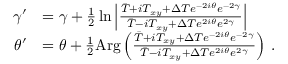
\begin{array} { r l } { \gamma ^ { \prime } } & { = \gamma + \frac { 1 } { 2 } \ln \left\vert \frac { \bar { T } + i T _ { x y } + \Delta T e ^ { - 2 i \theta } e ^ { - 2 \gamma } } { \bar { T } - i T _ { x y } + \Delta T e ^ { 2 i \theta } e ^ { 2 \gamma } } \right\vert } \\ { \theta ^ { \prime } } & { = \theta + \frac { 1 } { 2 } \mathrm { A r g } \left( \frac { \bar { T } + i T _ { x y } + \Delta T e ^ { - 2 i \theta } e ^ { - 2 \gamma } } { \bar { T } - i T _ { x y } + \Delta T e ^ { 2 i \theta } e ^ { 2 \gamma } } \right) \, . } \end{array}